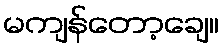
မကျန်တော့ချေ။